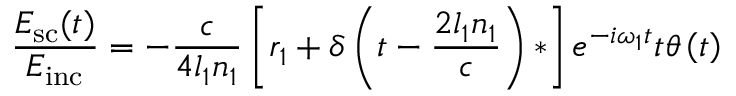
\frac { E _ { \mathrm { s c } } ( t ) } { E _ { \mathrm { i n c } } } = - \frac { c } { 4 l _ { 1 } n _ { 1 } } \left[ r _ { 1 } + \delta \left( t - \frac { 2 l _ { 1 } n _ { 1 } } { c } \right) * \right] e ^ { - i \omega _ { 1 } t } t \theta \left( t \right)